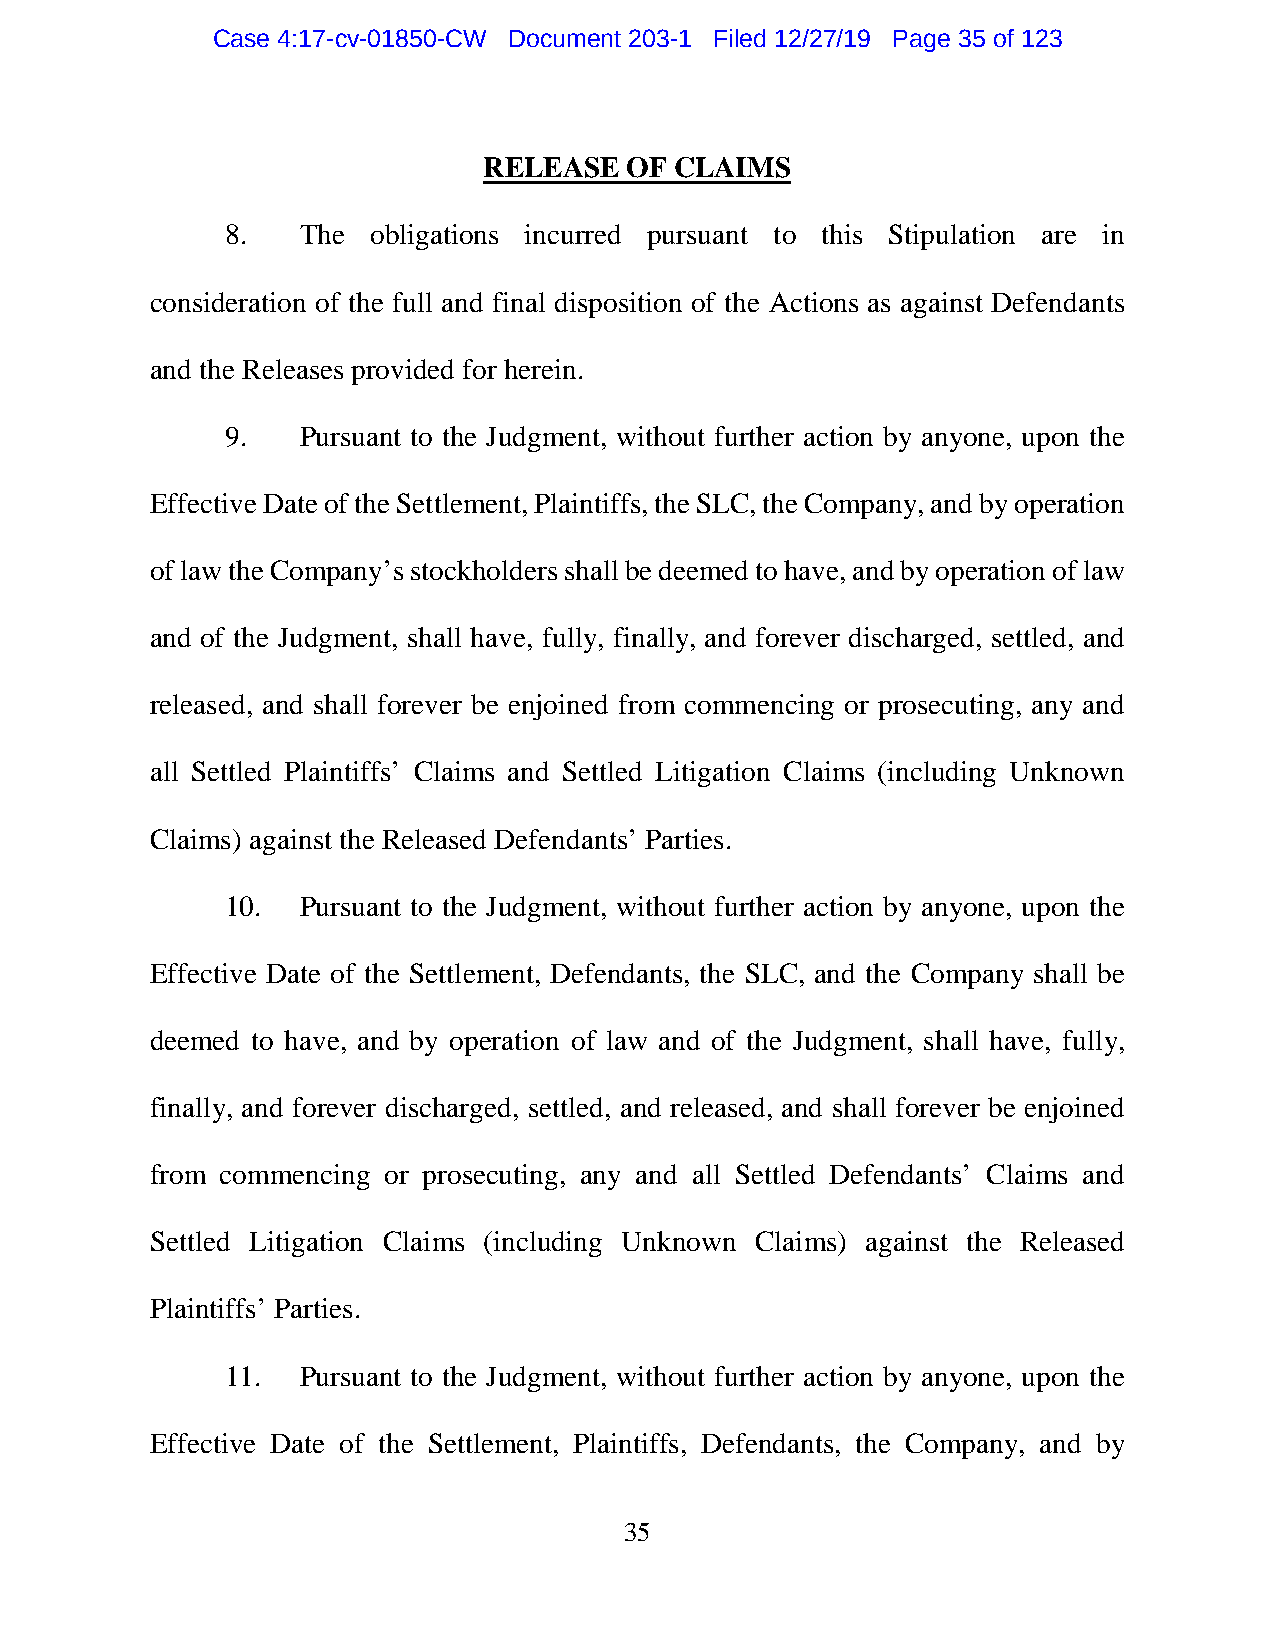
Case 4:17-cv-01850-CW Document 203-1 Filed 12/27/19 Page 35 of 123
 RELEASE   OF CLAIMS
 8.   The  obligations incurred pursuant to this Stipulation are in
 consideration of the full and final disposition of the Actions as against Defendants
 and the Releases provided for herein.
 9.   Pursuant to the Judgment, without further action by anyone, upon the
 Effective Date of the Settlement, Plaintiffs, the SLC, the Company, and by operation
 of law the Company’s stockholders shall be deemed to have, and by operation of law
 and of the Judgment, shall have, fully, finally, and forever discharged, settled, and
 released, and shall forever be enjoined from commencing or prosecuting, any and
 all Settled Plaintiffs’ Claims and Settled Litigation Claims (including Unknown
 Claims) against the Released Defendants’ Parties.
 10.  Pursuant to the Judgment, without further action by anyone, upon the
 Effective Date of the Settlement, Defendants, the SLC, and the Company shall be
 deemed to have, and by operation of law and of the Judgment, shall have, fully,
 finally, and forever discharged, settled, and released, and shall forever be enjoined
 from commencing or prosecuting, any and all Settled Defendants’ Claims and
 Settled Litigation Claims (including Unknown Claims) against the Released
 Plaintiffs’ Parties.
 11.  Pursuant to the Judgment, without further action by anyone, upon the
 Effective Date of the Settlement, Plaintiffs, Defendants, the Company, and by
 35